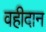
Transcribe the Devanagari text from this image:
वहीदान